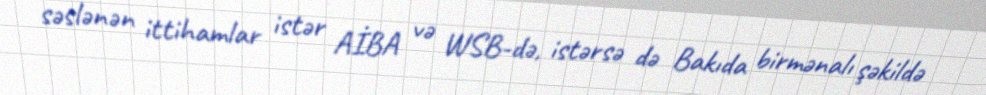
səslənən ittihamlar istər AİBA və WSB-də, istərsə də Bakıda birmənalı şəkildə